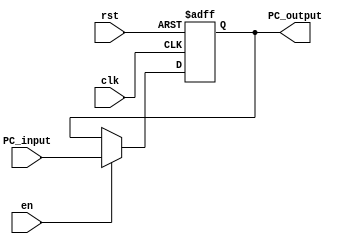
`timescale 1ns / 1ps

module PC_register (
           input clk ,
           input rst ,
           input en ,
           input [31: 0] PC_input ,
           output reg [31: 0] PC_output
       );

always @(posedge clk or posedge rst)
begin
    if (rst) PC_output <= 0;
    else if (en) PC_output <= PC_input;
    else PC_output <= PC_output;

end

endmodule